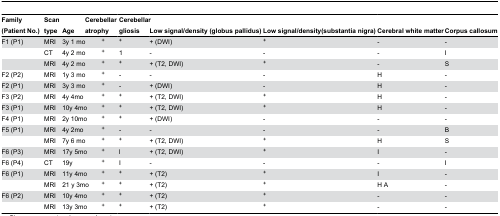
| Family (Patient No.) | Scan type | Age | <COLSPAN=2> Cerebellar atrophy | Cerebellar gliosis | Low signal/density (globus pallidus) | Low signal/density(substantia nigra) | Cerebral white matter | Corpus callosum |
 | --- | --- | --- | --- | --- | --- | --- | --- | --- | --- |
 | F1 (P1) | MRI | <COLSPAN=2> 3y 1 mo | + | + | + (DWI) | + | - | - |
 |  | CT | <COLSPAN=2> 4y 2 mo | + | 1 | - | - | - | I |
 |  | MRI | <COLSPAN=2> 4y 2 mo | + | + | + (T2, DWI) | + | - | S |
 | F2 (P2) | MRI | <COLSPAN=2> 1y 3 mo | + | - | - | - | H | - |
 | F2 (P1) | MRI | <COLSPAN=2> 3y 3 mo | + | - | + (DWI) | - | H | - |
 | F3 (P2) | MRI | <COLSPAN=2> 4y 4mo | + | + | + (T2, DWI) | + | H | - |
 | F3 (P1) | MRI | <COLSPAN=2> 10y 4mo | + | + | + (T2, DWI) | + | H | - |
 | F4 (P1) | MRI | <COLSPAN=2> 2y 10mo | + | + | + (DWI) | - | - | - |
 | F5 (P1) | MRI | <COLSPAN=2> 4y 2mo | + | - | - | - | - | B |
 |  | MRI | <COLSPAN=2> 7y 6 mo | + | + | + (T2, DWI) | + | H | S |
 | F6 (P3) | MRI | <COLSPAN=2> 17y 5mo | + | l | + (T2, DWI) | + | I | - |
 | F6 (P4) | CT | <COLSPAN=2> 19y | + | I | - | - | - | I |
 | F6 (P1) | MRI | <COLSPAN=2> 11y 4mo | + | + | + (T2) | + | I | - |
 |  | MRI | <COLSPAN=2> 21 y 3mo | + | + | + (T2) | + | H A | - |
 | F6 (P2) | MRI | <COLSPAN=2> 10y 4mo | + | + | + (T2) | + | - | - |
 |  | MRI | <COLSPAN=2> 13y 3mo | + | + | + (T2) | + | - | - |